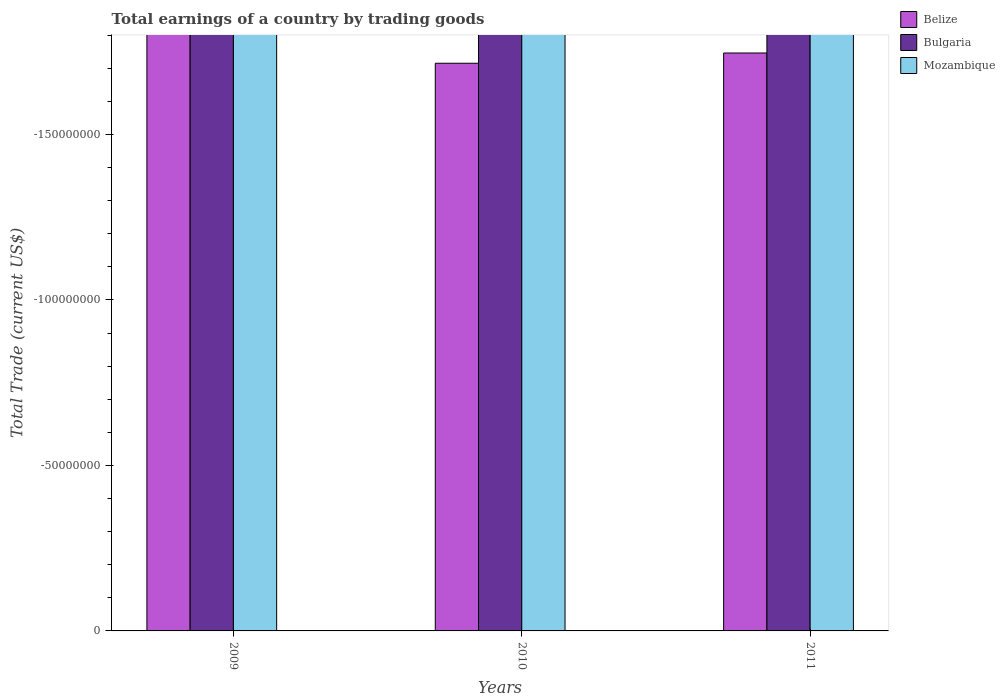
| Years | Belize | Bulgaria | Mozambique |
 | --- | --- | --- | --- |
 | 2009 | -2.37e+08 | -5.77e+09 | -1.27e+09 |
 | 2010 | -1.71e+08 | -3.67e+09 | -1.18e+09 |
 | 2011 | -1.75e+08 | -2.97e+09 | -2.25e+09 |